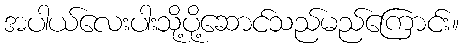
အပါယ်လေးပါးသို့ပို့ဆောင်သည်မည်ကြောင်း။